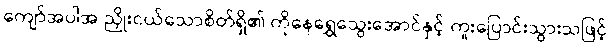
ကျော်အပါအ ညှိုးငယ်သောစိတ်ရှိ၏ ကိုနေရွှေသွေးအောင်နှင့် ကူးပြောင်းသွားသဖြင့်